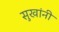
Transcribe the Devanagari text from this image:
सुखांनी